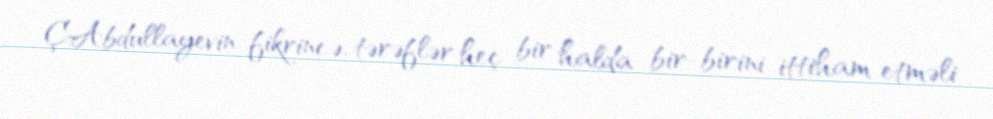
Ç.Abdullayevin fikrincə, tərəflər heç bir halda bir-birini ittiham etməli